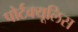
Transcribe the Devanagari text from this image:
पोर्टक्यूलिस